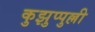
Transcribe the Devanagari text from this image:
कुझुप्पुल्ली